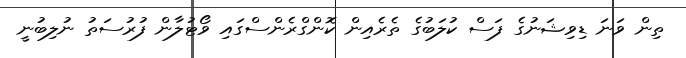
ތިން ވަނަ ޑިވިޝަނުގެ ފަސް ކުލަބުގެ ތެރެއިން ކޮންގްރެންސްގައި ވޯޓުލާން ފުރުސަތު ނުލިބުނީ